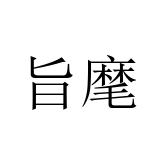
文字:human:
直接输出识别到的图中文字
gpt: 旨麾